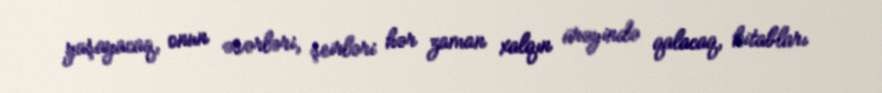
yaşayacaq, onun əsərləri, şeirləri hər zaman xalqın ürəyində qalacaq, kitabları